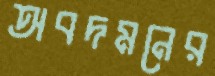
অবদমনের